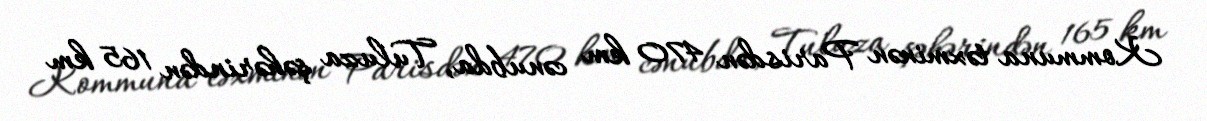
Kommuna təxminən Parisdən 470 km cənubda, Tuluza şəhərindən 165 km